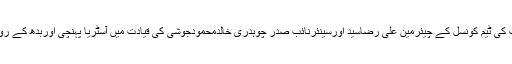
دودن ہنگری اور سلواکیہ میں قیام کے بعد منگل کی شام کو کشمیرکونسل یورپ کی ٹیم کونسل کے چیئرمین علی رضاسید اورسینئرنائب صدر چوہدری خالدمحمودجوشی کی قیادت میں آسٹریا پہنچی اوربدھ کے روزتین روزہ مہم کے آخری روز دارالحکومت ویانامیں ایک روزہ کیمپ لگایاگیا۔